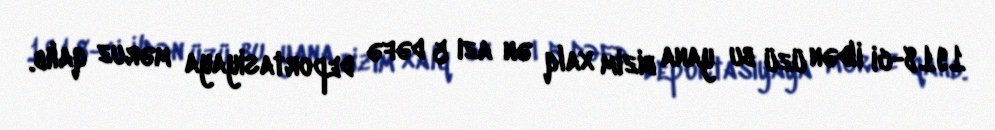
1918-ci ildən üzü bu yana bizim xalq ən azı 5 dəfə deportasiyaya məruz qalıb.